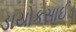
ડાયોકસાઈડ